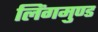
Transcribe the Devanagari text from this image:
लिंगमुण्ड